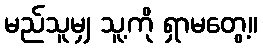
မည်သူမျှ သူ့ကို ရှာမတွေ့။